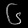
Digit: ၆